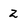
Character: 2